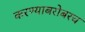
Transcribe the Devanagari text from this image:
करण्‍याबरोबरच